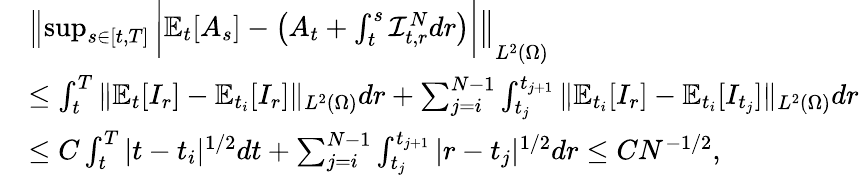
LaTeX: \begin{array}{rl}&{\left\| \operatorname*{sup}_{s\in[t,T]}\bigg|{\mathbb{E}}_{t}[A_{s}]-\left(A_{t}+\int_{t}^{s}\mathcal{I}_{t,r}^{N}dr\right)\bigg|\right\| _{L^{2}(\Omega)}}\\ &{\le\int_{t}^{T}\| {\mathbb{E}}_{t}[I_{r}]-{\mathbb{E}}_{t_{i}}[I_{r}]\| _{L^{2}(\Omega)}dr+\sum_{j=i}^{N-1}\int_{t_{j}}^{t_{j+1}}\| {\mathbb{E}}_{t_{i}}[I_{r}]-{\mathbb{E}}_{t_{i}}[I_{t_{j}}]\| _{L^{2}(\Omega)}dr}\\ &{\le C\int_{t}^{T}|t-t_{i}|^{1/2}dt+\sum_{j=i}^{N-1}\int_{t_{j}}^{t_{j+1}}|r-t_{j}|^{1/2}dr\le C{N}^{-1/2},}\end{array}